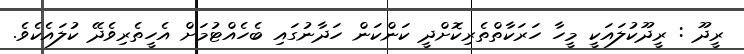
ރީދޫ : ރީދޫކުލައަކީ މީހާ ހަރަކާތްތެރިކޮށްދީ ކަންކަން ހަދާނުގައި ބެހެއްޓުމަށް އެހީތެރިވެދޭ ކުލައެކެވެ.